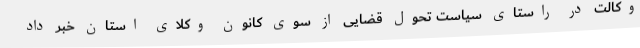
وکالت در راستای سیاست تحول قضایی از سوی کانون وکلای استان خبر داد